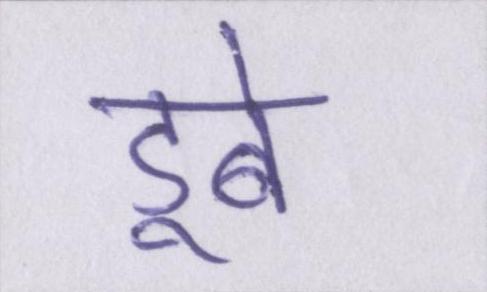
डूबे